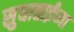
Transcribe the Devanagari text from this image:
सुधाताईंच्या